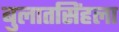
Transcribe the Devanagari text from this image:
बुलातसिंहला